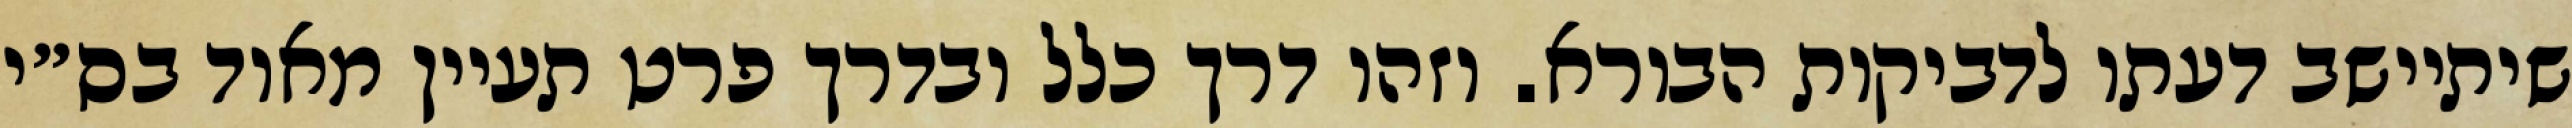
שיתיישב דעתו לדביקות הבורא. וזהו דרך כלל ובדרך פרט תעיין מאוד בס״י